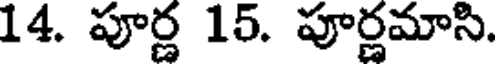
14. పూర్ణ 15. పూర్ణమాసి.